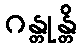
ဂန္တုန္တိ